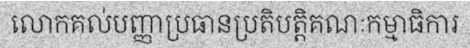
លោកគល់បញ្ញាប្រធានប្រតិបត្តិគណៈកម្មាធិការ